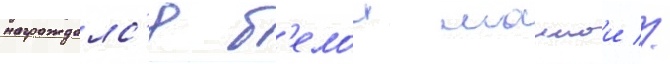
награждалс'я б'елои маикои //